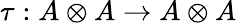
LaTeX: \tau:A\otimes A\rightarrow A\otimes A